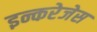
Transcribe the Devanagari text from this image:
इन्करेजेस